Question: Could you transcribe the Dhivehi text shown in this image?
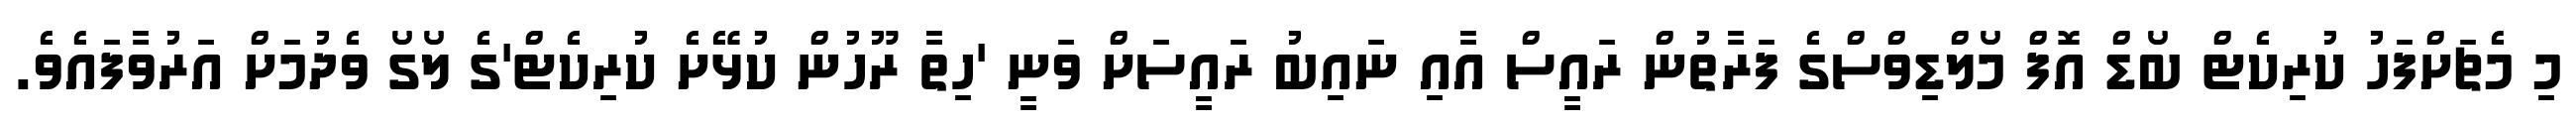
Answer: މި މެޗަށްފަހު ކުރިކެޓް ބޯޑް އޮފް މޯލްޑިވްސްގެ ފަރާތުން ރައީސް އާއި ނައިބު ރައީސަށް ވަނީ 'ހިތާ ރޫހުން ކުޅޭށެ ކުރިކެޓް'ގެ ލޯގޯ ވެދުމަށް އަރުވާފައެވެ.